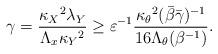
LaTeX: \begin{align*} \gamma = \frac{{\kappa_X}^2\lambda_Y}{\Lambda_x {\kappa_Y}^2} \geq \varepsilon^{-1} \frac{{\kappa_\theta}^2 (\bar{\beta}\bar{\gamma})^{-1}}{16 \Lambda_\theta (\beta^{-1})}.\end{align*}